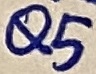
Text: Q5